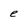
Character: e